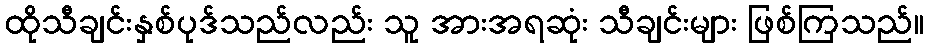
ထိုသီချင်းနှစ်ပုဒ်သည်လည်း သူ အားအရဆုံး သီချင်းများ ဖြစ်ကြသည်။